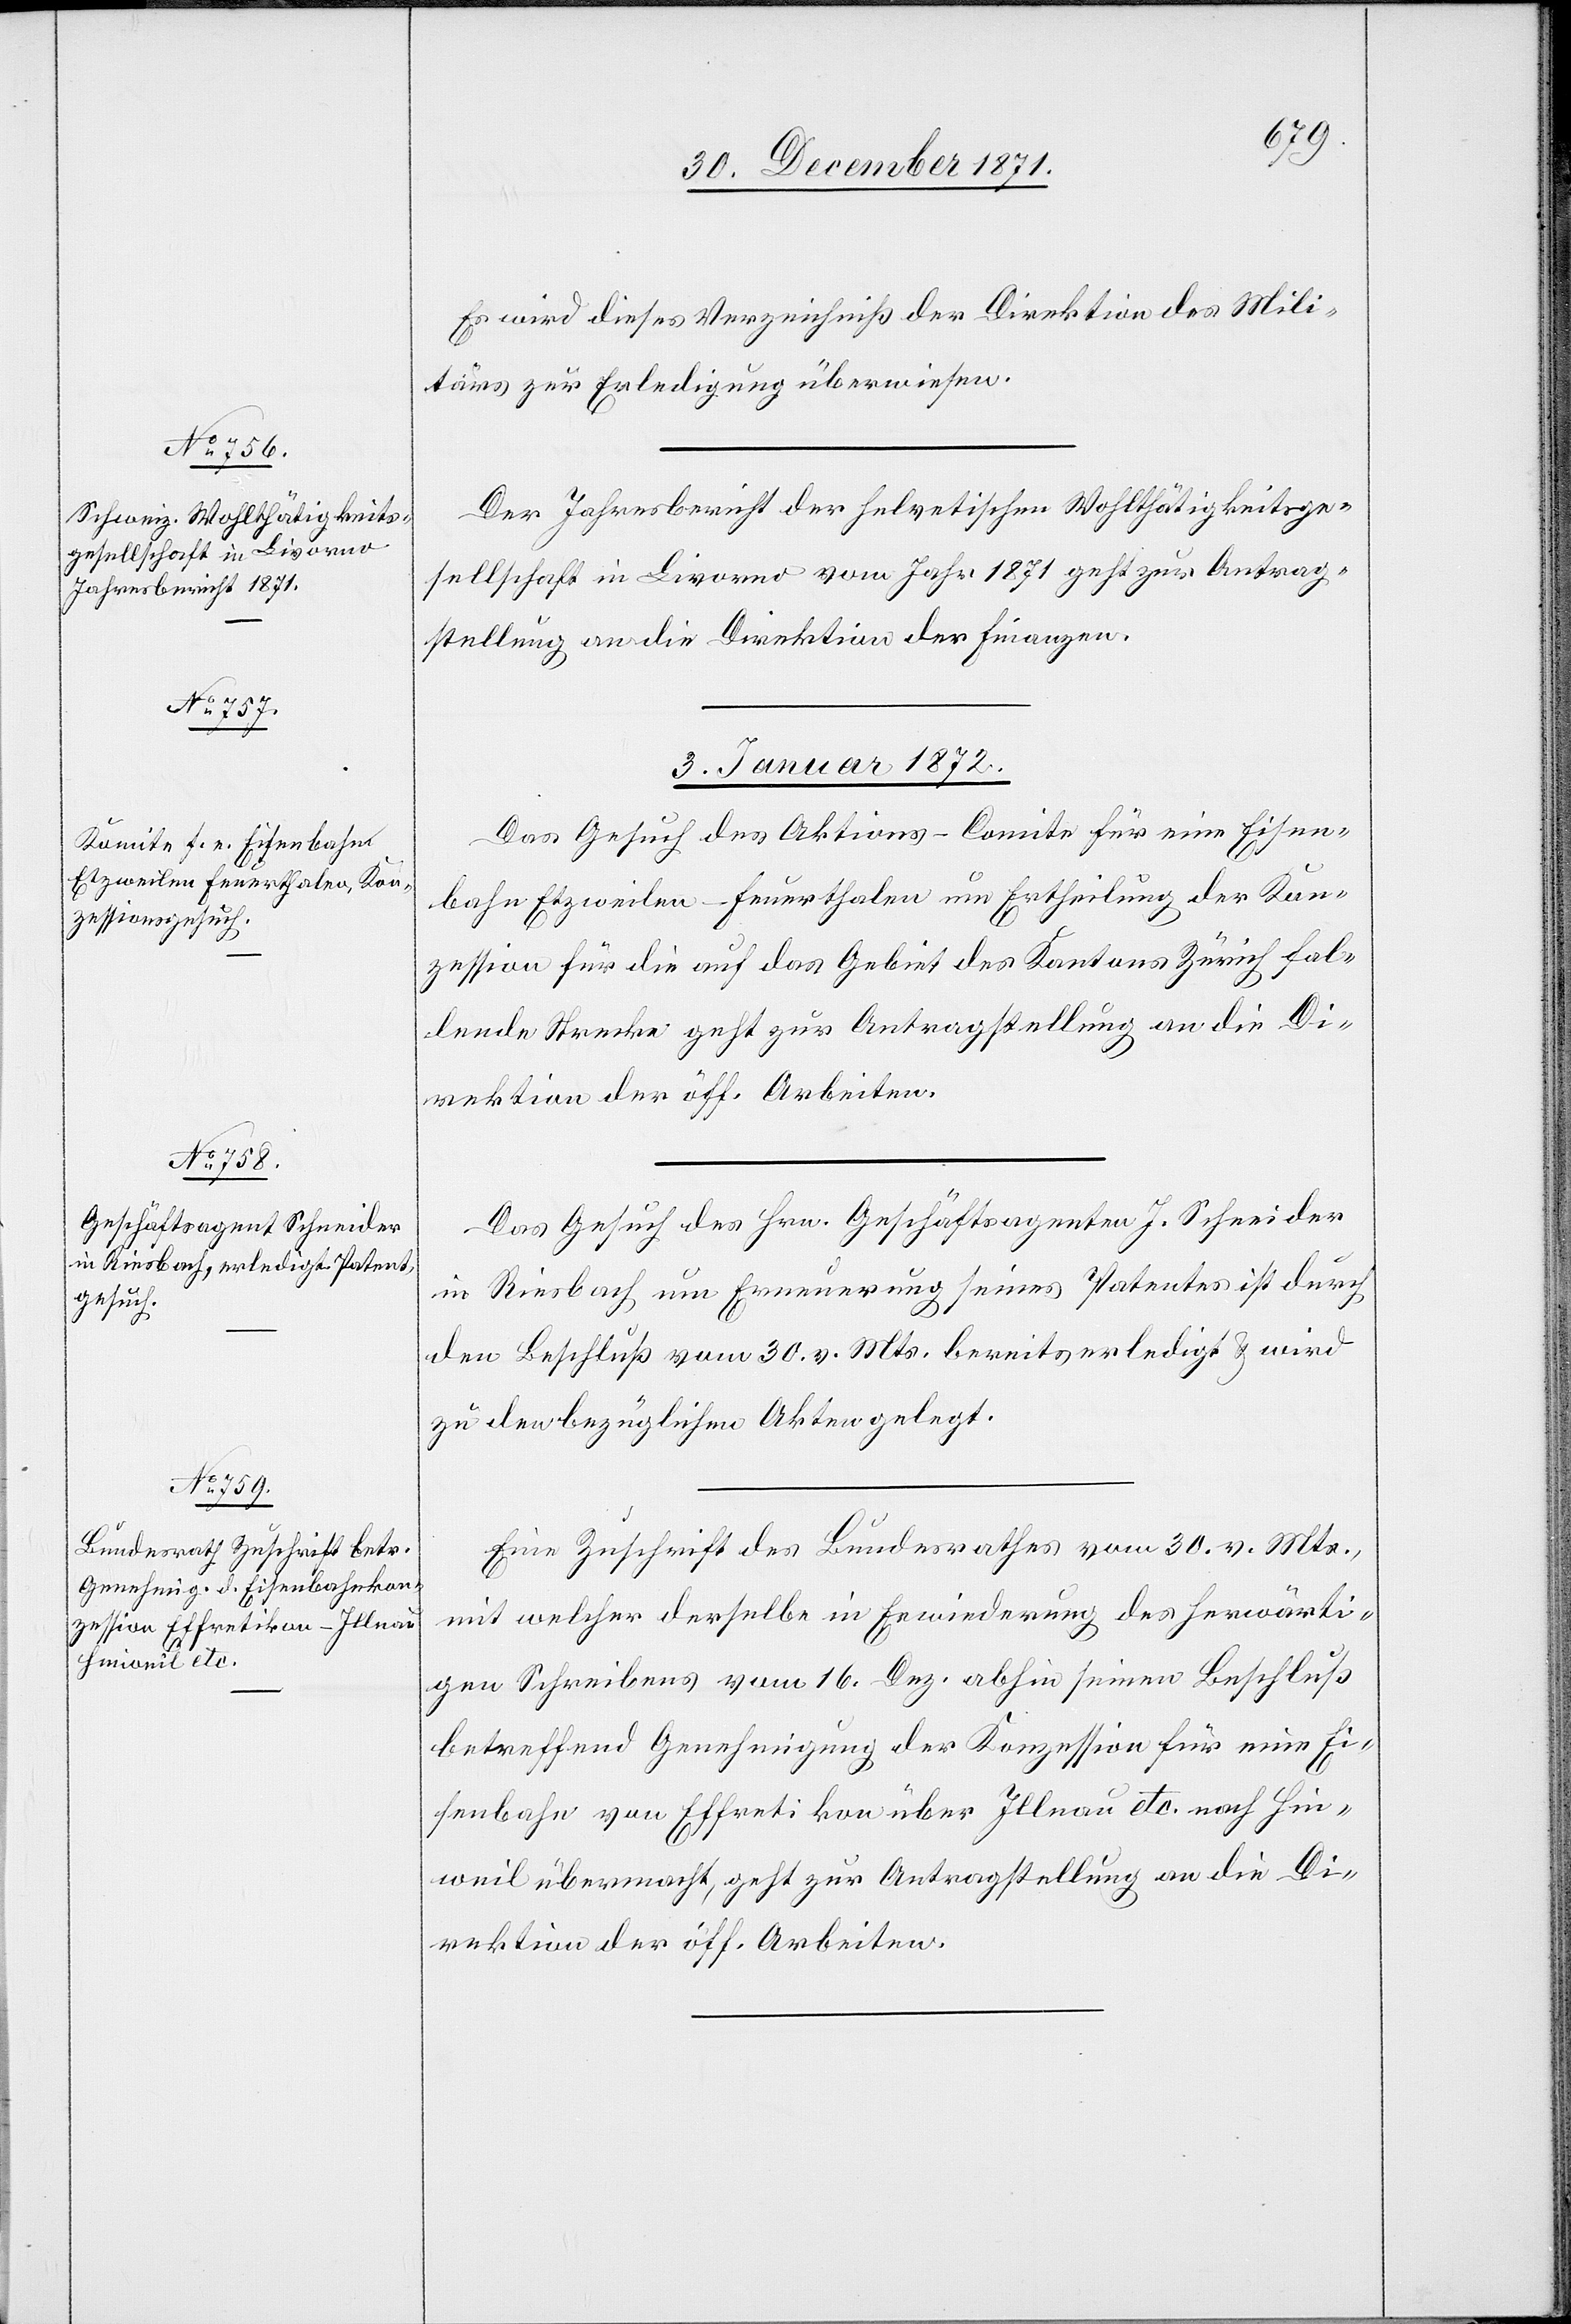
Es wird dieses Verzeichniß der Direktion des Mili¬
tärs zur Erledigung überwiesen.
Der Jahresbericht der helvetischen Wohltätigkeitsge¬
sellschaft in Livorno vom Jahr 1871 geht zur Antrag¬
stellung an die Direktion der Finanzen.
3. Januar 1872.]
Das Gesuch des Aktions-Comite für eine Eisen¬
bahn Etzweilen–Feuerthalen um Ertheilung der Kon¬
zession für die auf das Gebiet des Kantons Zürich fal¬
lende Strecke geht zur Antragstellung an die Di¬
rektion der öff. Arbeiten.
Das Gesuch des Hrn. Geschäftsagenten J. Schneider
in Riesbach um Erneuerung seines Patentes ist durch
den Beschluß vom 30. v. Mts. bereits erledigt & wird
zu den bezüglichen Akten gelegt.
Eine Zuschrift des Bundesrathes vom 30. v. Mts.,
mit welcher derselbe in Erwiederung des herwärti¬
gen Schreibens vom 16. Dez. abhin seinen Beschluß
betreffend Genehmigung der Konzession für eine Ei¬
senbahn von Effretikon über Illnau etc. nach Hin¬
weil übermacht, geht zur Antragstellung an die Di¬
rektion der öff. Arbeiten.